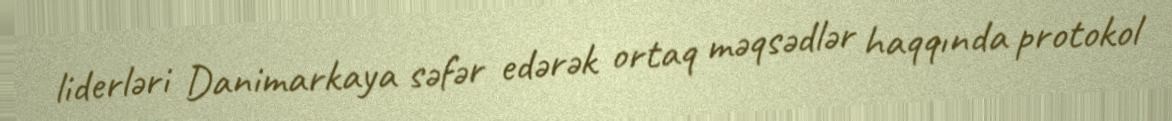
liderləri Danimarkaya səfər edərək ortaq məqsədlər haqqında protokol